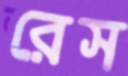
রেস